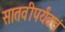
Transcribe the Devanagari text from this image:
सातवीपर्यंतचं